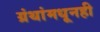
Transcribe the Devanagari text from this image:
ग्रंथांमधूनही